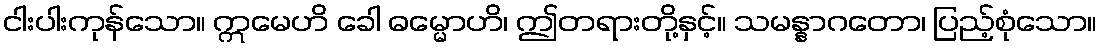
ငါးပါးကုန်သော။ ဣမေဟိ ခေါ ဓမ္မောဟိ၊ ဤတရားတို့နှင့်။ သမန္နာဂတော၊ ပြည့်စုံသော။